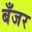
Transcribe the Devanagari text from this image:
बँजर